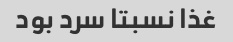
غذا نسبتا سرد بود